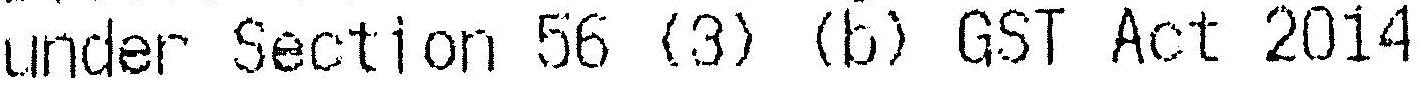
UNDER SECTION 56 (3) (B) GST ACT 2014